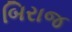
બિરાજ